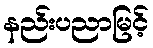
နည်းပညာမြင့်